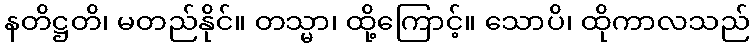
နတိဋ္ဌတိ၊ မတည်နိုင်။ တသ္မာ၊ ထို့ကြောင့်။ သောပိ၊ ထိုကာလသည်